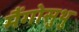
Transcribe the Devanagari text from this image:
मैंगोसुथु